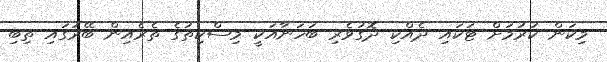
މިކަން ކުރުމަށް ޓަކައި ދެއްކި ދޮގުވެރި ބަހަނާއަކީ މިސްކިތުގެ ތެރެއިން ބޭރުގައި ތިބި